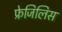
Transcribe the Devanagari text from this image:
फ्रेजिलिस